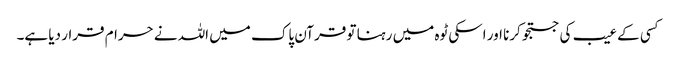
کسی کے عیب کی جستجو کرنا اور اسکی ٹوہ میں رہنا تو قرآن پاک میں اللہ نے حرام قرار دیا ہے۔